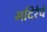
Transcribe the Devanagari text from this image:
मदिरेचे